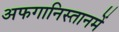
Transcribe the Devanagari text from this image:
अफगानिस्तानमें